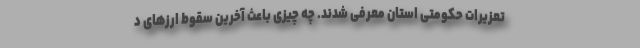
تعزیرات حکومتی استان معرفی شدند. چه چیزی باعث آخرین سقوط ارزهای د